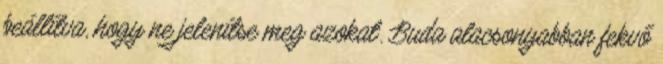
beállítva, hogy ne jelenítse meg azokat. Buda alacsonyabban fekvő